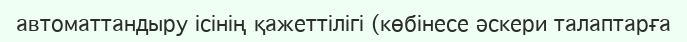
автоматтандыру ісінің қажеттілігі (көбінесе әскери талаптарға